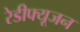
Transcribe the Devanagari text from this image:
रेडीफ्यूजन